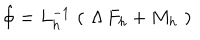
\hat { \phi } = L _ { h } ^ { - 1 } \, \left( \, \, \Lambda \, F _ { h } + M _ { h } \, \, \right)